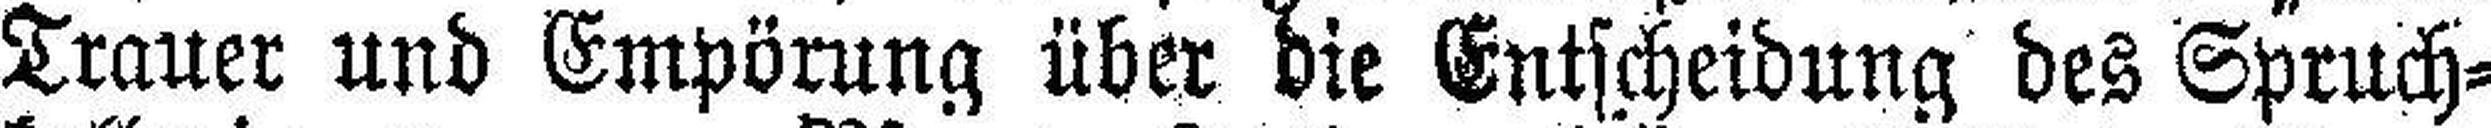
Trauer und Empörung über die Entscheidung des Spruch¬